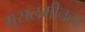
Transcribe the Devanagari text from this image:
मुसलमीनला